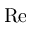
\mathrm { R e }